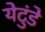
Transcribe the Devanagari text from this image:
येटुंडे